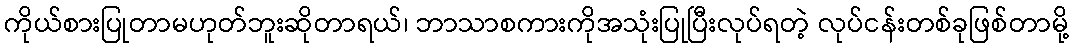
ကိုယ်စားပြုတာမဟုတ်ဘူးဆိုတာရယ်၊ ဘာသာစကားကိုအသုံးပြုပြီးလုပ်ရတဲ့ လုပ်ငန်းတစ်ခုဖြစ်တာမို့